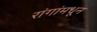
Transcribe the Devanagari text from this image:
रांगांमधून